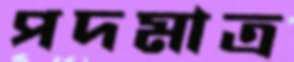
পদমাত্র